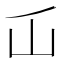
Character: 屲